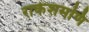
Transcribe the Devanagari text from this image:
राकेशमणि